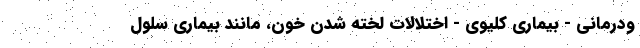
ودرمانی - بیماری کلیوی - اختلالات لخته شدن خون، مانند بیماری سلول